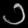
Digit: ၁